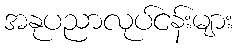
အနုပညာလုပ်ငန်းများ